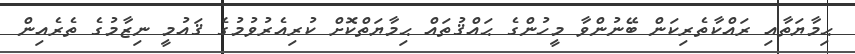
ޙިމާޔަތާއި ރައްކާތެރިކަން ބޭނުންވާ މީހުންގެ ޙައްޤުތައް ޙިމާޔަތްކޮށް ކުރިއެރުވުމުގެ ޤައުމީ ނިޒާމުގެ ތެރެއިން